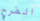
الفرح